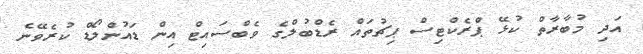
އަދި މުބާރާތް ކުޅޭ ޕްރެކްޓިސް ޕިޗުތައް ރެޑްބުލްގެ ވެބްސައިޓް އިން ޑައުންލޯޑް ކުރެވޭނެ